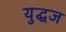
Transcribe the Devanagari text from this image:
युद्धज